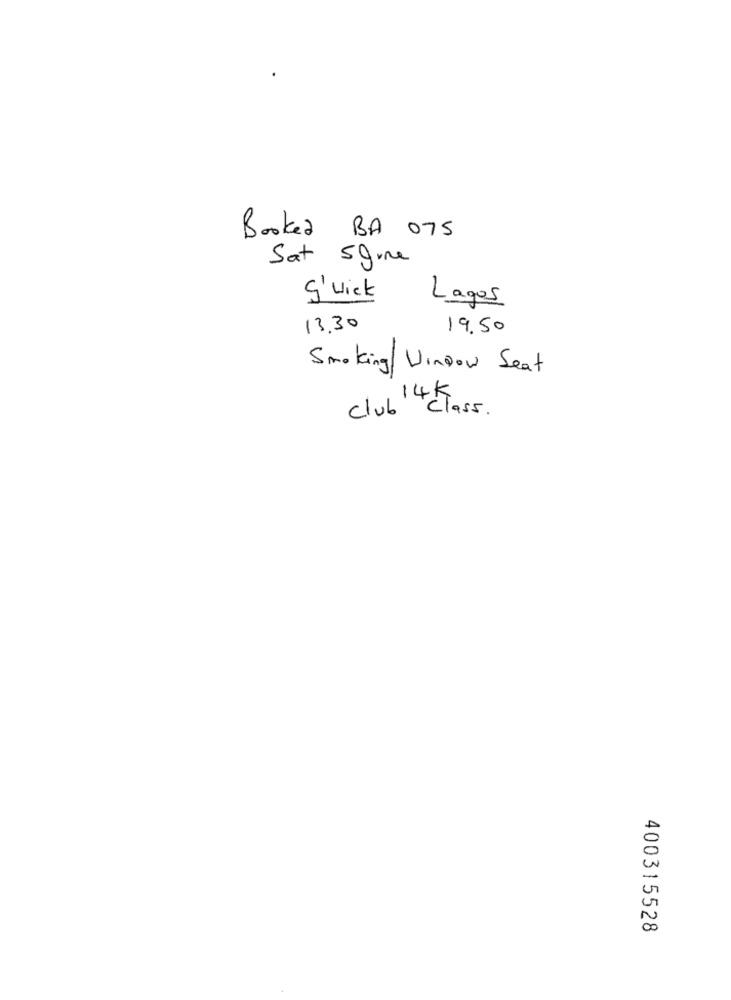
Booked BA 075
Sat Sgue
S' wick
Lagos
13.30
19.50
Smoking/ Window Seat
club 14 class.
400315528